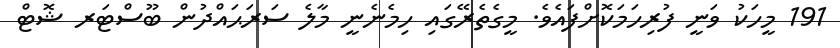
191 މީހަކު ވަނީ ފުރިހަމަކޮށްފައެވެ. މީގެތެރޭގައި ހިމެނެނީ މާލެ ސަރަޙައްދުން ބޫސްޓަރ ޝޮޓް